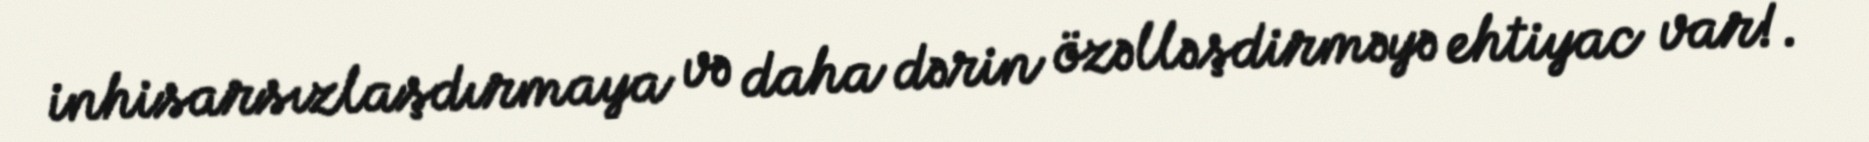
inhisarsızlaşdırmaya və daha dərin özəlləşdirməyə ehtiyac var!.